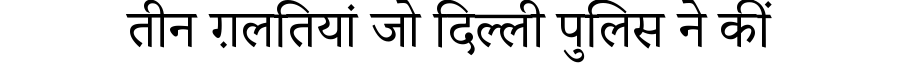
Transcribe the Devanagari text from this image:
तीन ग़लतियां जो दिल्ली पुलिस ने कीं